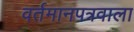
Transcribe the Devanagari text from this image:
वर्तमानपत्रवाला